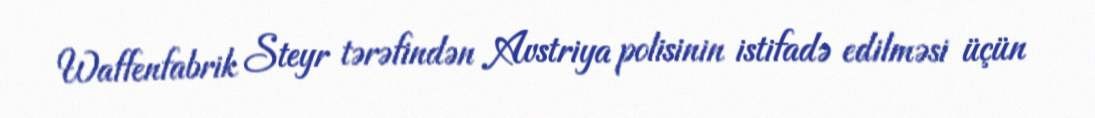
Waffenfabrik Steyr tərəfindən Avstriya polisinin istifadə edilməsi üçün